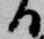
る